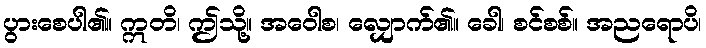
ပွားစေပါ၏။ ဣတိ၊ ဤသို့။ အဝေါစ၊ လျှောက်၏။ ခေါ၊ စင်စစ်။ အညရောပိ၊